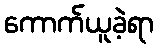
ကောက်ယူခဲ့ရာ